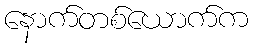
နောက်တစ်ယောက်က